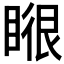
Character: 𭿉